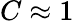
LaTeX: C\approx 1